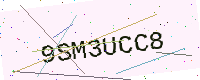
Text: 9SM3UCC8